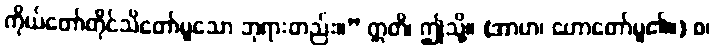
ကိုယ်တော်တိုင်သိတော်မူသော ဘုရားတည်း။” ဣတိ၊ ဤသို့။ (အာဟ၊ ဟောတော်မူ၏။) စ၊